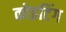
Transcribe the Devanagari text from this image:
कोइटिंग